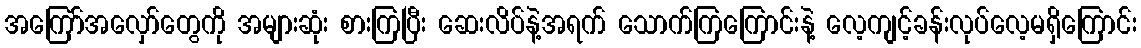
အကြော်အလှော်တွေကို အများဆုံး စားကြပြီး ဆေးလိပ်နဲ့အရက် သောက်ကြကြောင်းနဲ့ လေ့ကျင့်ခန်းလုပ်လေ့မရှိကြောင်း